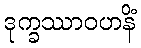
ဒုက္ခဿာဝဟနိံ